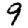
Digit: 9